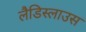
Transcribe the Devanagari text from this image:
लैडिस्लाउस